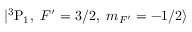
| { } ^ { 3 } \mathrm { P } _ { 1 } , ~ F ^ { \prime } = 3 / 2 , ~ m _ { F ^ { \prime } } = - 1 / 2 \rangle